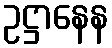
ဥဋ္ဌာနေန